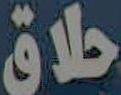
حلاق